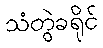
သံတွဲခရိုင်